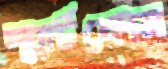
স্মার্টফোন